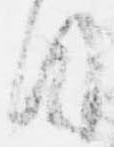
目